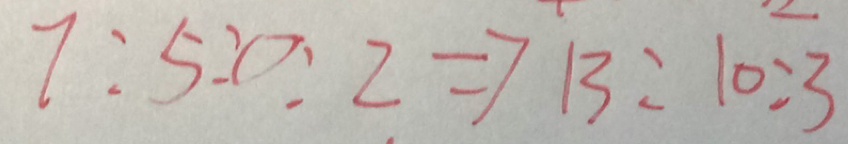
7 : 5 : 2 : 0 : 2 = 7 1 3 : 1 0 : 3